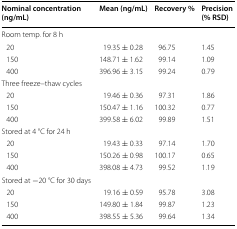
<table><thead><tr><td><b>Nominal concentration (ng/mL)</b></td><td><b>Mean (ng/mL)</b></td><td><b>Recovery %</b></td><td><b>Precision (% RSD)</b></td></tr></thead><tbody><tr><td colspan="4">Room temp. for 8 h</td></tr><tr><td> 20</td><td>19.35 ± 0.28</td><td>96.75</td><td>1.45</td></tr><tr><td> 150</td><td>148.71 ± 1.62</td><td>99.14</td><td>1.09</td></tr><tr><td> 400</td><td>396.96 ± 3.15</td><td>99.24</td><td>0.79</td></tr><tr><td colspan="4">Three freeze–thaw cycles</td></tr><tr><td> 20</td><td>19.46 ± 0.36</td><td>97.31</td><td>1.86</td></tr><tr><td> 150</td><td>150.47 ± 1.16</td><td>100.32</td><td>0.77</td></tr><tr><td> 400</td><td>399.58 ± 6.02</td><td>99.89</td><td>1.51</td></tr><tr><td colspan="4">Stored at 4 °C for 24 h</td></tr><tr><td> 20</td><td>19.43 ± 0.33</td><td>97.14</td><td>1.70</td></tr><tr><td> 150</td><td>150.26 ± 0.98</td><td>100.17</td><td>0.65</td></tr><tr><td> 400</td><td>398.08 ± 4.73</td><td>99.52</td><td>1.19</td></tr><tr><td colspan="4">Stored at −20 °C for 30 days</td></tr><tr><td> 20</td><td>19.16 ± 0.59</td><td>95.78</td><td>3.08</td></tr><tr><td> 150</td><td>149.80 ± 1.84</td><td>99.87</td><td>1.23</td></tr><tr><td> 400</td><td>398.55 ± 5.36</td><td>99.64</td><td>1.34</td></tr></tbody></table>